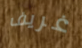
غريف